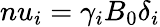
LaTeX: nu_{i}=\gamma_{i}B_{0}\delta_{i}